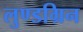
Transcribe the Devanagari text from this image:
लुण्डग्रिन